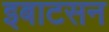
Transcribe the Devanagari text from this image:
इबाटसन